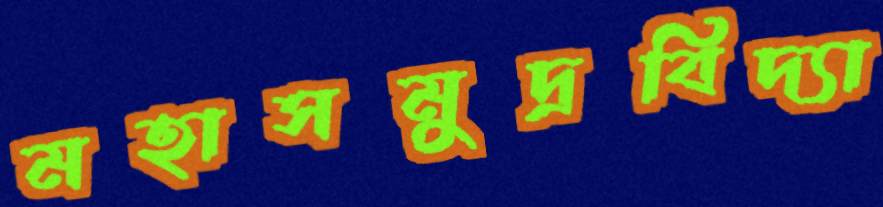
মহাসমুদ্রবিদ্যা